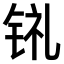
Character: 𫓳